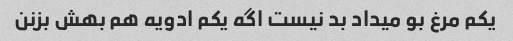
یکم مرغ بو میداد بد نیست اگه یکم ادویه هم بهش بزنن